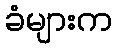
ခံများက